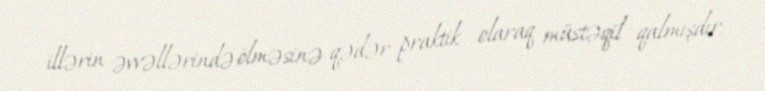
illərin əvvəllərində ölməsinə qədər praktik olaraq müstəqil qalmışdır.